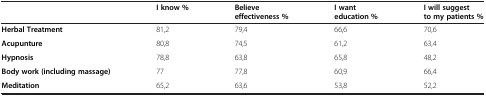
|  | I know % | Believe effectiveness % | I want education % | I will suggest to my patients % |
 | --- | --- | --- | --- | --- |
 | Herbal Treatment | 81,2 | 79,4 | 66,6 | 70,6 |
 | Acupunture | 80,8 | 74,5 | 61,2 | 63,4 |
 | Hypnosis | 78,8 | 63,8 | 65,8 | 48,2 |
 | Body work (including massage) | 77 | 77,8 | 60,9 | 66,4 |
 | Meditation | 65,2 | 63,6 | 53,8 | 52,2 |